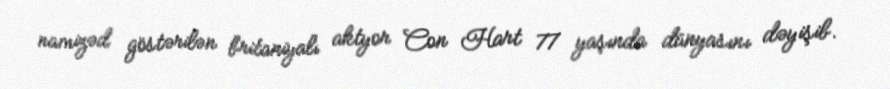
namizəd göstərilən britaniyalı aktyor Con Hart 77 yaşında dünyasını dəyişib.